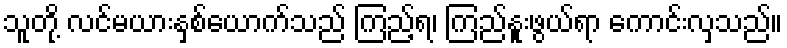
သူတို့ လင်မယားနှစ်ယောက်သည် ကြည့်ရ၊ ကြည်နူးဖွယ်ရာ ကောင်းလှသည်။